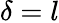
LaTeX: \delta=l